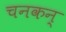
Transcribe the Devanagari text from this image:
चनकन्